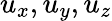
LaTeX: u_{x},u_{y},u_{z}